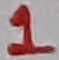
Text: 1